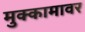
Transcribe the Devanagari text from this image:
मुक्कामावर